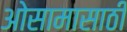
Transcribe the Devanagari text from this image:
ओसामासाठी